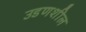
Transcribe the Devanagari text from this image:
उडणशील